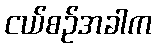
ငယ်စဉ်အခါက